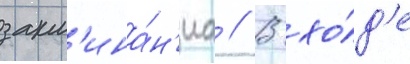
закл'ина́н'иа // В хо́д'е